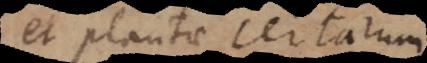
et plantae certarum